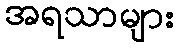
အရသာများ